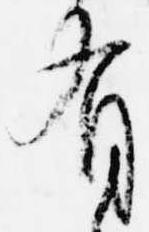
有